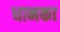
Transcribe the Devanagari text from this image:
धानका